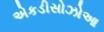
એકડીસોઝોઆ